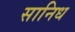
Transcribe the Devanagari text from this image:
सानिध